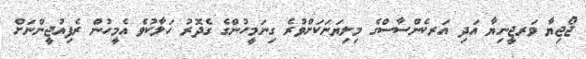
ޖޯޖިޔާ ވަރޖީނިޔާ އަދި އަރކެންސާސްގެ މިލިޔަނަކަށްވުރެ ގިނަމީހުންގެ ގެދޮރު ހަލާކުވެ އެމީހުން ރެފިއުޖީންނަށް